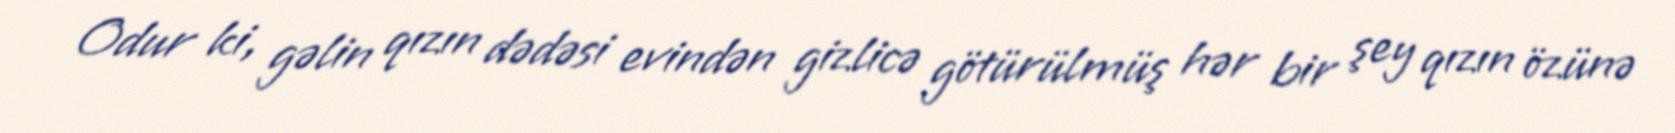
Odur ki, gəlin qızın dədəsi evindən gizlicə götürülmüş hər bir şey qızın özünə